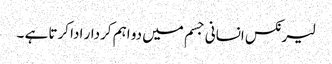
لیرنکس انسانی جسم میں دو اہم کردار ادا کرتا ہے ۔